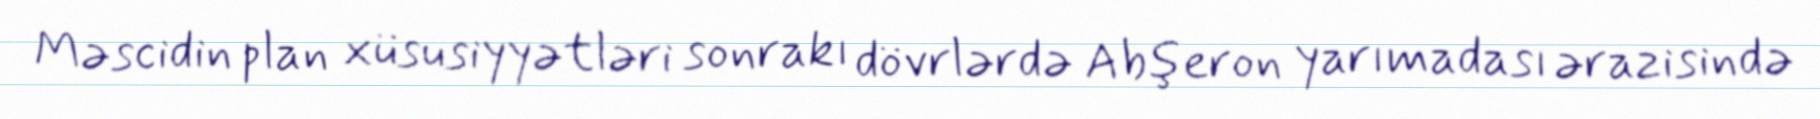
Məscidin plan xüsusiyyətləri sonrakı dövrlərdə Abşeron yarımadası ərazisində